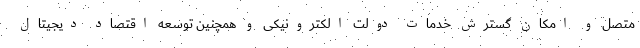
متصل و امکان گسترش خدمات دولت الکترونیکی و همچنین توسعه اقتصاد دیجیتال